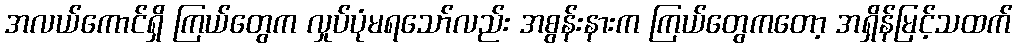
အလယ်ကောင်ရှိ ကြယ်တွေက လှုပ်ပုံမရသော်လည်း အစွန်းနားက ကြယ်တွေကတော့ အရှိန်မြင့်သထက်